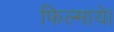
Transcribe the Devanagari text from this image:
फिल्माये।